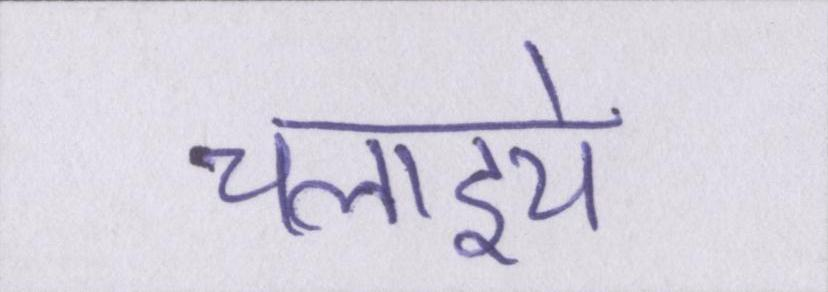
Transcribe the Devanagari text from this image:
चलाइये